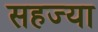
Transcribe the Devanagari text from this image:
सहज्या